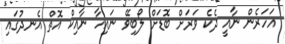
އަހަރެން ނާއީ ދެކެ ވަރަށް ބޮޑަށް ލޯބިވޭ ނައިހާ ނާއިކް އޮތް އެނދުގައި